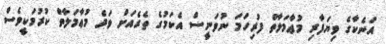
އަނެކާގެ ވިޔަފާރި މުޢާމަލާތް ފުރިހަމަ ނުވަނީސް އެކަމުގެ ތެރެއަށް ވަދެ މުޢާމަލާތް ކުރުމަކީވެސް